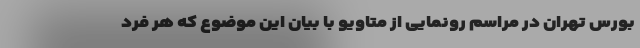
بورس تهران در مراسم رونمایی از متاویو با بیان این موضوع که هر فرد